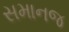
સમાનજ